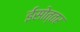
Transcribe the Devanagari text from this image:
ईसोत्तर